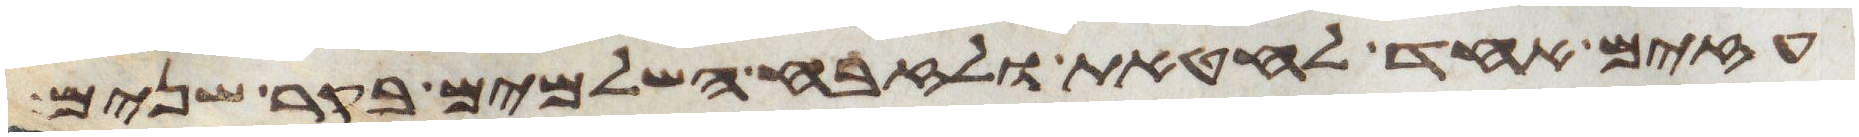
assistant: עזים אחד לחטאת ולזבח השלמים בקר שנים